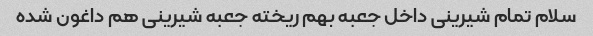
سلام تمام شیرینی داخل جعبه بهم ریخته جعبه شیرینی هم داغون شده